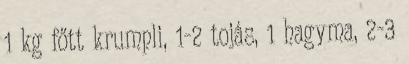
1 kg főtt krumpli, 1-2 tojás, 1 hagyma, 2-3